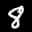
Label: 8